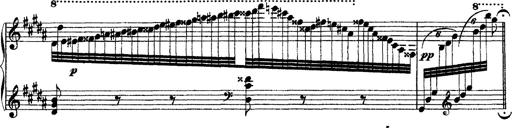
Title: Grandes Ã©tudes de Paganini
Composer: Franz Liszt